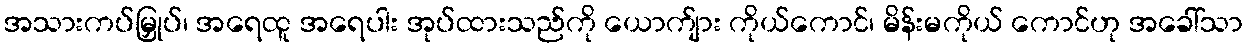
အသားကပ်မြှုပ်၊ အရေထူ အရေပါး အုပ်ထားသည်ကို ယောက်ျား ကိုယ်ကောင်၊ မိန်းမကိုယ် ကောင်ဟု အခေါ်သာ